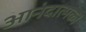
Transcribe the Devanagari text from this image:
आनंदात्मक।